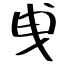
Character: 曵